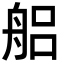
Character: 𮎎